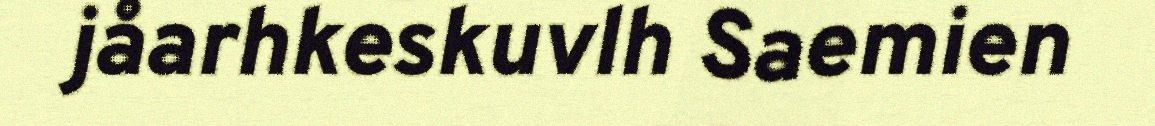
jåarhkeskuvlh Saemien